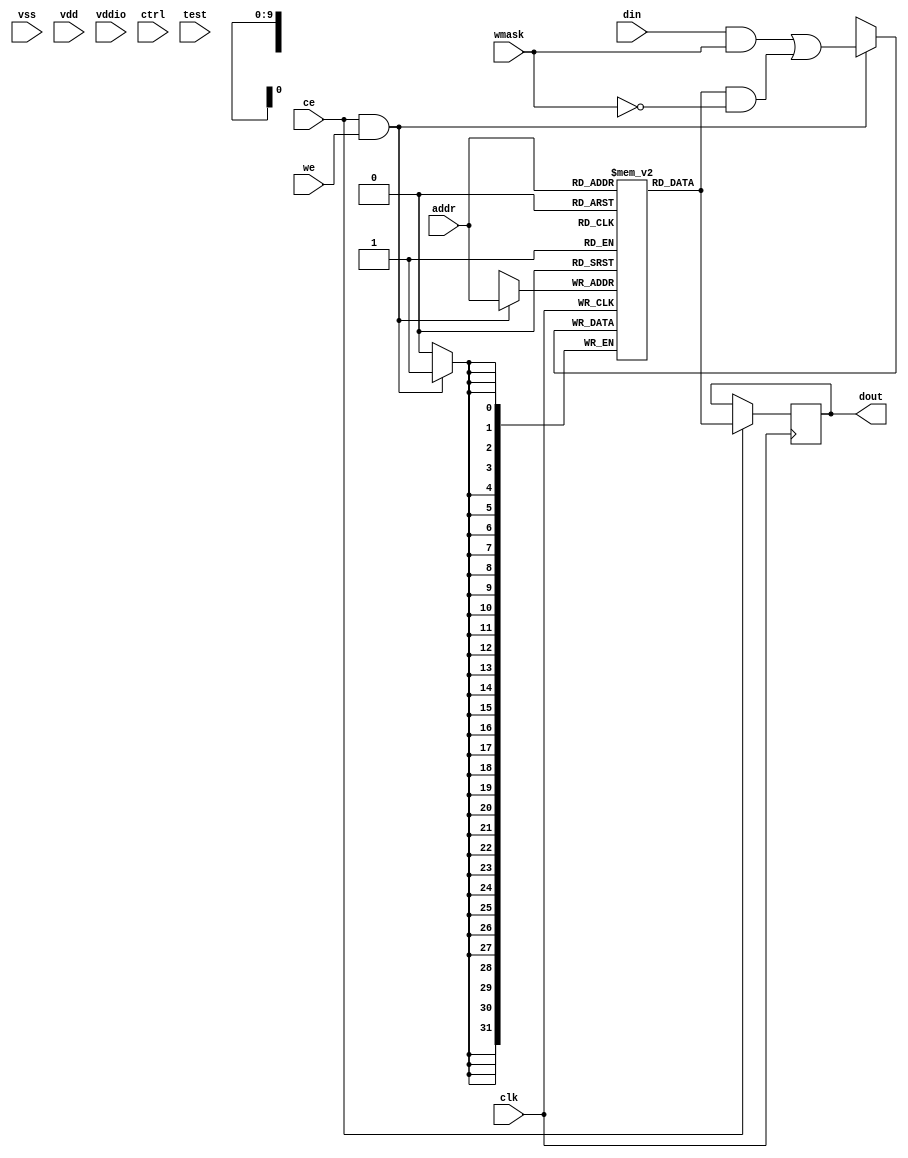
// This program was cloned from: https://github.com/siliconcompiler/lambdalib
// License: MIT License

/*****************************************************************************
 * Function: Single Port RAM
 * Copyright: Lambda Project Authors. All rights Reserved.
 * License:  MIT (see LICENSE file in Lambda repository)
 *
 * Docs:
 *
 * This is a wrapper for selecting from a set of hardened memory macros.
 *
 * A synthesizable reference model is used when the TYPE is DEFAULT. The
 * synthesizable model does not implement the cfg and test interface and should
 * only be used for basic testing and for synthesizing for FPGA devices.
 * Advanced ASIC development should rely on complete functional models
 * supplied on a per macro basis.
 *
 * Technologoy specific implementations of "la_spram" would generally include
 * one ore more hardcoded instantiations of RAM modules with a generate
 * statement relying on the "TYPE" to select between the list of modules
 * at build time.
 *
 ****************************************************************************/

module la_spram #(
    parameter DW    = 32,         // Memory width
    parameter AW    = 10,         // Address width (derived)
    parameter TYPE  = "DEFAULT",  // Pass through variable for hard macro
    parameter CTRLW = 1,          // Width of asic ctrl interface
    parameter TESTW = 1           // Width of asic test interface
) (  // Memory interface
    input clk,  // write clock
    input ce,  // chip enable
    input we,  // write enable
    input [DW-1:0] wmask,  //per bit write mask
    input [AW-1:0] addr,  //write address
    input [DW-1:0] din,  //write data
    output reg [DW-1:0] dout,  //read output data
    // Power signals
    input vss,  // ground signal
    input vdd,  // memory core array power
    input vddio,  // periphery/io power
    // Generic interfaces
    input [CTRLW-1:0] ctrl,  // pass through ASIC control interface
    input [TESTW-1:0] test  // pass through ASIC test interface
);

    // Generic RTL RAM
    reg     [DW-1:0] ram[(2**AW)-1:0];
    integer          i;

    // Write port
    //   always @(posedge clk)
    //     for (i=0;i<DW;i=i+1)
    //       if (ce & we & wmask[i])
    //         ram[addr[AW-1:0]][i] <= din[i];

    // Re-writing as a mux for verilator
    always @(posedge clk)
        if (ce & we)
            ram[addr[AW-1:0]] <= din[DW-1:0] & wmask[DW-1:0] | ram[addr[AW-1:0]] & ~wmask[DW-1:0];

    // Read Port
    always @(posedge clk) if (ce) dout[DW-1:0] <= ram[addr[AW-1:0]];

endmodule